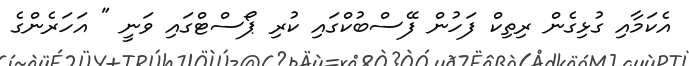
އެކަމާއި ގުޅިގެން ރިތިކް ފަހުން ފޭސްބުކްގައި ކުރި ޕޯސްޓްގައި ވަނީ " އަހަރެންގެ